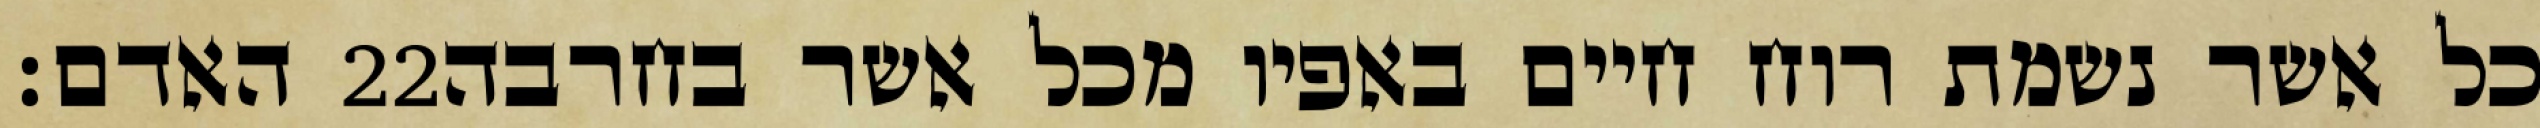
האדם׃ ‎22‏ כל אשר נשמת רוח חיים באפיו מכל אשר בחרבה